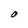
Character: O